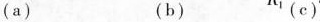
(a)(b)(c)